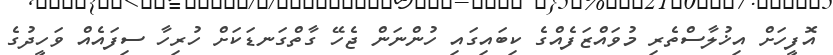
އޮފީހަށް އިޚުލާސްތެރި މުވައްޒަފެއްގެ ކިބައިގައި ހުންނަން ޖެހޭ ގާތްގަނޑަކަށް ހުރިހާ ސިފައެއް ވަހީދުގެ